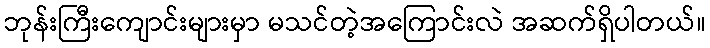
ဘုန်းကြီးကျောင်းများမှာ မသင်တဲ့အကြောင်းလဲ အဆက်ရှိပါတယ်။